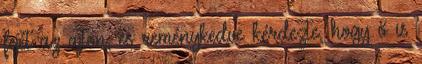
fejét az ajtón, és reménykedve kérdezte, hogy ő is